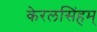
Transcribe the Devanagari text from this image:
केरलसिंहम्